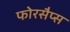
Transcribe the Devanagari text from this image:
फोरसैप्स